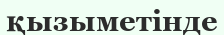
қызыметінде